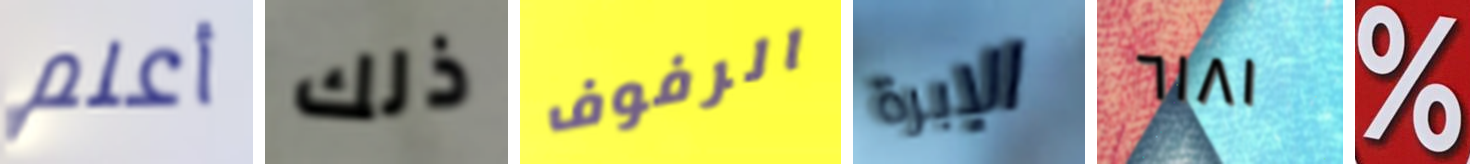
أعلم ذلك الرفوف الإبرة ٦١٨١ %